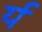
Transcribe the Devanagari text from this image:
र्य